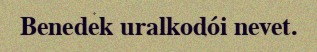
Benedek uralkodói nevet.